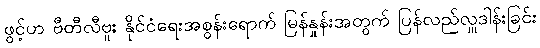
ဖွင့်ဟ ဗီတီလီဗူး နိုင်ငံရေးအစွန်းရောက် မြန်နှုန်းအတွက် ပြန်လည်လှူဒါန်းခြင်း